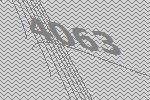
4063